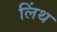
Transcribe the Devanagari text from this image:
लिंथ